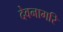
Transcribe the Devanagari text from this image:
देवनागरि